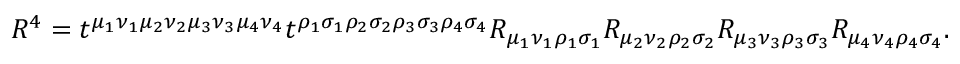
R ^ { 4 } = t ^ { \mu _ { 1 } \nu _ { 1 } \mu _ { 2 } \nu _ { 2 } \mu _ { 3 } \nu _ { 3 } \mu _ { 4 } \nu _ { 4 } } t ^ { \rho _ { 1 } \sigma _ { 1 } \rho _ { 2 } \sigma _ { 2 } \rho _ { 3 } \sigma _ { 3 } \rho _ { 4 } \sigma _ { 4 } } R _ { \mu _ { 1 } \nu _ { 1 } \rho _ { 1 } \sigma _ { 1 } } R _ { \mu _ { 2 } \nu _ { 2 } \rho _ { 2 } \sigma _ { 2 } } R _ { \mu _ { 3 } \nu _ { 3 } \rho _ { 3 } \sigma _ { 3 } } R _ { \mu _ { 4 } \nu _ { 4 } \rho _ { 4 } \sigma _ { 4 } } .